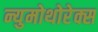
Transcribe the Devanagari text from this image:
न्युमोथोरेक्स